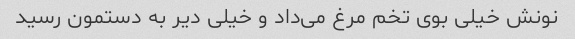
نونش خیلی بوی تخم مرغ می‌داد و خیلی دیر به دستمون رسید